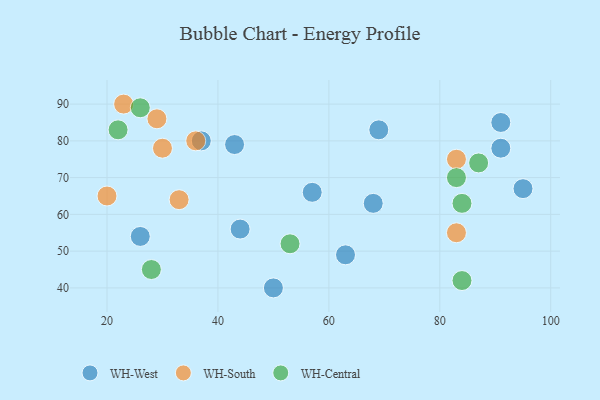
{"axis": {"x": "GDP", "y": "Life Expectancy"}, "legend": ["WH-Central", "WH-South", "WH-West"], "data": [{"x": "44", "y": 56, "type": "WH-West"}, {"x": "26", "y": 54, "type": "WH-West"}, {"x": "91", "y": 78, "type": "WH-West"}, {"x": "43", "y": 79, "type": "WH-West"}, {"x": "63", "y": 49, "type": "WH-West"}, {"x": "37", "y": 80, "type": "WH-West"}, {"x": "95", "y": 67, "type": "WH-West"}, {"x": "91", "y": 85, "type": "WH-West"}, {"x": "68", "y": 63, "type": "WH-West"}, {"x": "69", "y": 83, "type": "WH-West"}, {"x": "57", "y": 66, "type": "WH-West"}, {"x": "50", "y": 40, "type": "WH-West"}, {"x": "33", "y": 64, "type": "WH-South"}, {"x": "23", "y": 90, "type": "WH-South"}, {"x": "83", "y": 75, "type": "WH-South"}, {"x": "83", "y": 55, "type": "WH-South"}, {"x": "36", "y": 80, "type": "WH-South"}, {"x": "30", "y": 78, "type": "WH-South"}, {"x": "20", "y": 65, "type": "WH-South"}, {"x": "29", "y": 86, "type": "WH-South"}, {"x": "26", "y": 89, "type": "WH-Central"}, {"x": "84", "y": 42, "type": "WH-Central"}, {"x": "53", "y": 52, "type": "WH-Central"}, {"x": "22", "y": 83, "type": "WH-Central"}, {"x": "87", "y": 74, "type": "WH-Central"}, {"x": "28", "y": 45, "type": "WH-Central"}, {"x": "84", "y": 63, "type": "WH-Central"}, {"x": "83", "y": 70, "type": "WH-Central"}]}